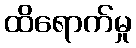
ထိရောက်မှု